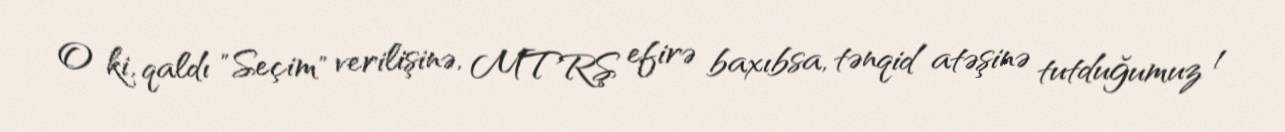
O ki, qaldı "Seçim" verilişinə, MTRŞ efirə baxıbsa, tənqid atəşinə tutduğumuz 1